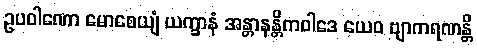
ဥပဝါဏော မောစေယျံ ယက္ခာနံ အန္တာနန္တိကဝါဒေ ယေဝ ဗျာကရဏန္တိ